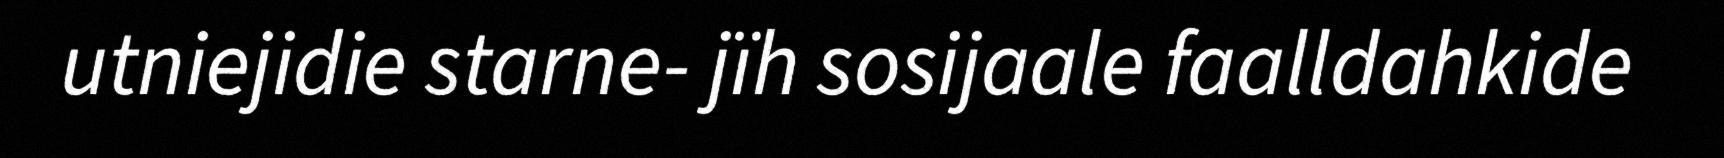
utniejidie starne- jïh sosijaale faalldahkide